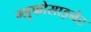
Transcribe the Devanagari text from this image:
ग्लुफोसाइनेट